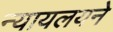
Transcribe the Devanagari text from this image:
न्यायलयने